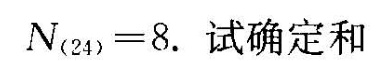
$$N _ { ( 2 4 ) } = 8$$.试确定和